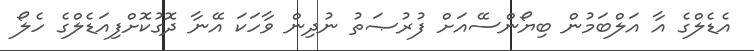
އެޑެލްގެ އާ އަލްބަމުން ބިޔޯންސޭއަށް ފުރުޞަތު ނުދިން ވާހަކަ އޭނާ ދޮގުކޮށްފިއަޑެލްގެ ހެލޯ